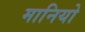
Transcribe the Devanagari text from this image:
मानियो